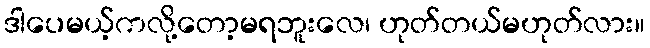
ဒါပေမယ့်ကလို့တော့မရဘူးလေ၊ ဟုတ်တယ်မဟုတ်လား။